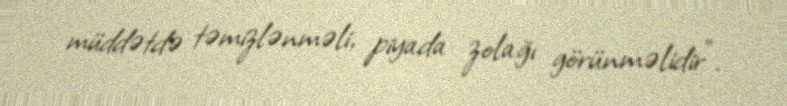
müddətdə təmizlənməli, piyada zolağı görünməlidir”.